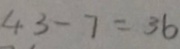
4 3 - 7 = 3 6